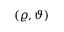
( \varrho , \vartheta )